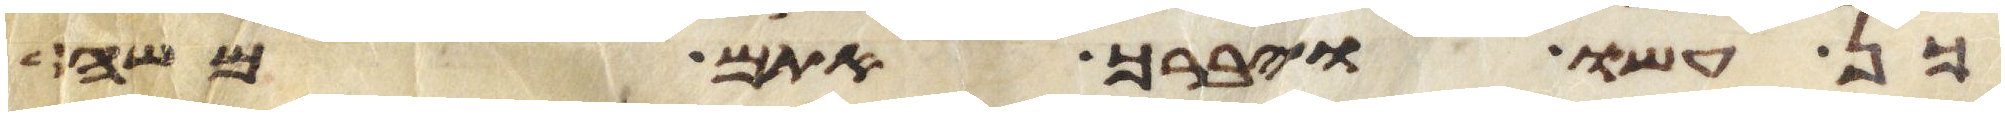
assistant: כן עשו ויברך אתם משה